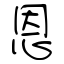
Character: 恩